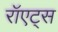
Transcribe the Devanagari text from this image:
रॉएट्स